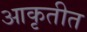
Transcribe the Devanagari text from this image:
आकृतीत